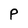
Character: P